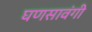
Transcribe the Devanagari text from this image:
घणसावंगी